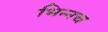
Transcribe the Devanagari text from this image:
भिन्नच